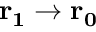
{ \bf r _ { 1 } } \rightarrow { \bf r _ { 0 } }